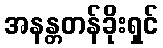
အနန္တတန်ခိုးရှင်